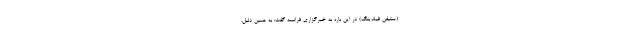
(ستيفن فيلدينگ) در این باره به خبرگزاری فرانسه گفت: به همین دلیل،